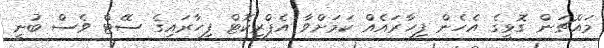
މައްޗަން ގޮޅީގެ އެހެން ފިހާރައެއް ކަމަށްވާ އެޕްރިކޮޓް ފިހާރައިގެ ސޭޓް ވެސް ބުނީ